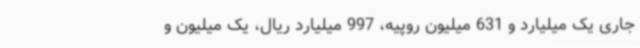
جاری یک میلیارد و 631 میلیون روپیه، 997 میلیارد ریال، یک میلیون و